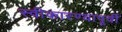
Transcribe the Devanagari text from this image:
स्वीकारण्यापूर्वी